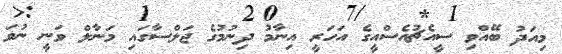
މިއަދު ބޭއްވި ސީއެޗުއެސްއީގެ އަހަރީ އިނާމު ދިނުމުގެ ޖަލްސާގައި މަނާލް ވަނީ ނުވަ